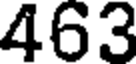
463